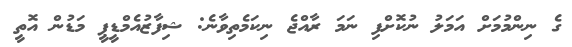
ގެ ނިންމުމަށް އަމަލު ނުކޮށްފި ނަމަ ރާއްޖެ ނިކަމެތިވާނެ: ޝިފާޒުއެމްޑީޕީ މަޑުން އޮތީ